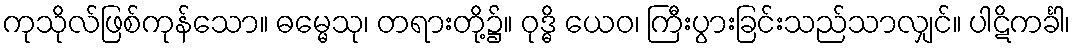
ကုသိုလ်ဖြစ်ကုန်သော။ ဓမ္မေသု၊ တရားတို့၌။ ဝုဒ္ဓိ ယေဝ၊ ကြီးပွားခြင်းသည်သာလျှင်။ ပါဋိကင်္ခါ၊